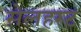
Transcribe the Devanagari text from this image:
सेलहस्ट